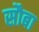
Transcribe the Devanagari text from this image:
सौबा